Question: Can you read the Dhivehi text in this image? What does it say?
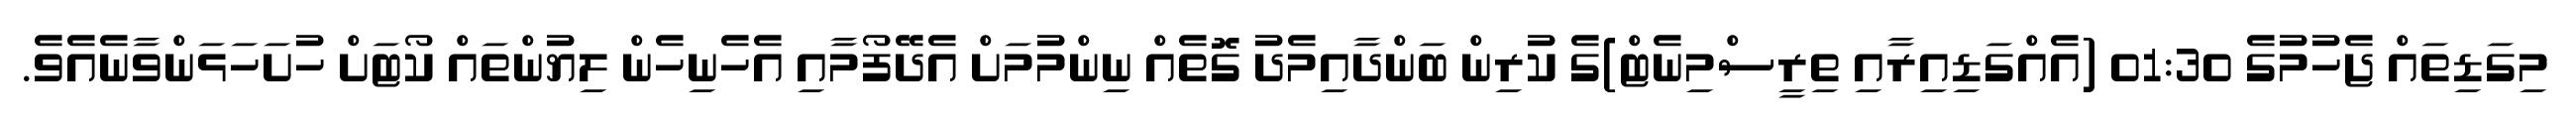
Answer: މިގަޑިތައް ޖެހުމުގެ 01:30 (އެއްގަޑިއިރާއި ތިރީސްމިނެޓް)ގެ ކުރިން ބަންދާއިމެދު ގޮތެއް ނިންމުމަށް އެދޭފޯމާއި އެހެނިހެން ލިޔުންތައް ކޯޓަށް ހުށަހަޅަންވާނެއެވެ.